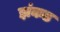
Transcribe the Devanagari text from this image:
झंकड